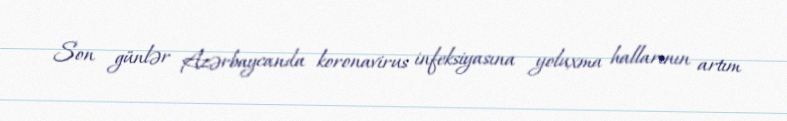
Son günlər Azərbaycanda koronavirus infeksiyasına yoluxma hallarının artım